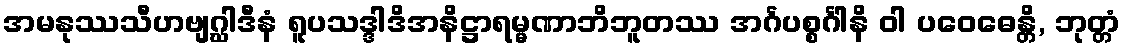
အမနုဿသီဟဗျဂ္ဃါဒီနံ ရူပသဒ္ဒါဒိအနိဋ္ဌာရမ္မဏာဘိဘူတဿ အင်္ဂပစ္စင်္ဂါနိ ဝါ ပဝေဓေန္တိ, ဘုတ္တံ